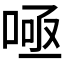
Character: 𭈫